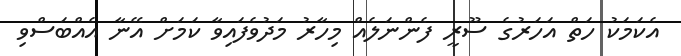
އެކަމަކު ހަތް އަހަރުގެ ސޫރީ ފެންނަލެއް މިހާރު މަދުވެފައިވާ ކަމަށް އޭނާ އެއްބަސްވި